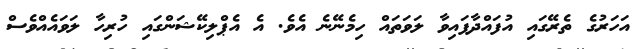
އަހަރުގެ ތެރޭގައި އުފައްދާފައިވާ ލަވަތައް ހިމެނޭނެ އެވެ. އެ އެޕްލިކޭޝަންގައި ހުރިހާ ލަވައެއްވެސް